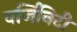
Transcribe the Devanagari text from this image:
वर्जिनिटी